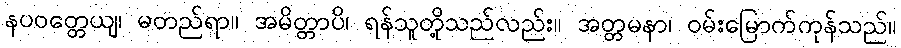
နပဝတ္တေယျ၊ မတည်ရာ။ အမိတ္တာပိ၊ ရန်သူတို့သည်လည်း။ အတ္တမနာ၊ ဝမ်းမြောက်ကုန်သည်။